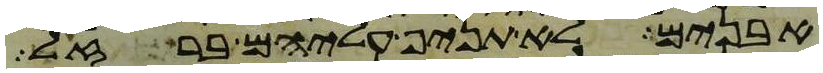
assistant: אבנים לא תניף עליהם ברזל